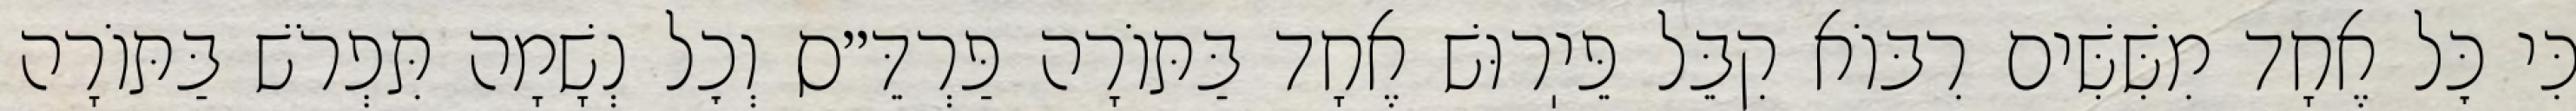
כִּי כׇּל אֶחָד מִשִּׁשִּׁים רִבּוֹא קִבֵּל פֵּיֽרוּשׁ אֶחָד בַּתּוֹרָה פַּרְדֵּ״ס וְכׇל נְשָׁמָה תִּפְרֹשׁ בַּתּוֹרָה